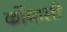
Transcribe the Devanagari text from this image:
कोंगाली